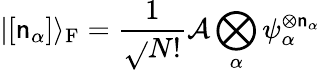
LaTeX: |[\mathsf{n}_{\alpha}]\rangle_{\mathrm{{{F}}}}={\frac{{1}}{{\sqrt{}{{N!}}}}}{\mathcal{{A}}}\bigotimes_{\alpha}\psi_{\alpha}^{\otimes\mathsf{n}_{\alpha}}